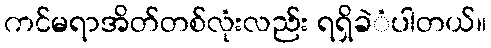
ကင်မရာအိတ်တစ်လုံးလည်း ရရှိခဲံပါတယ်။